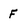
Character: F